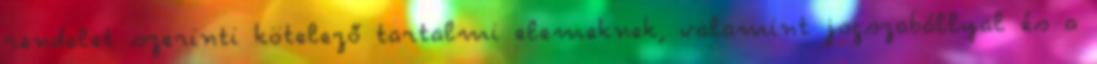
rendelet szerinti kötelező tartalmi elemeknek, valamint jogszabállyal és a